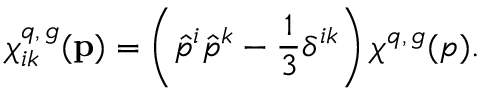
\chi _ { i k } ^ { q , \, g } ( { \mathbf p } ) = \left( \hat { p } ^ { i } \hat { p } ^ { k } - \frac { 1 } { 3 } \delta ^ { i k } \right) \chi ^ { q , \, g } ( p ) .